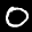
Label: 0